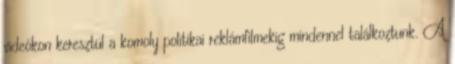
videókon keresztül a komoly politikai reklámfilmekig mindennel találkoztunk. A